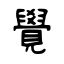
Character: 覺